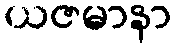
ယဇမာနာ